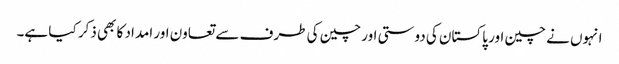
انہوں نے چین اور پاکستان کی دوستی اور چین کی طرف سے تعاون اور امداد کا بھی ذکر کیا ہے۔